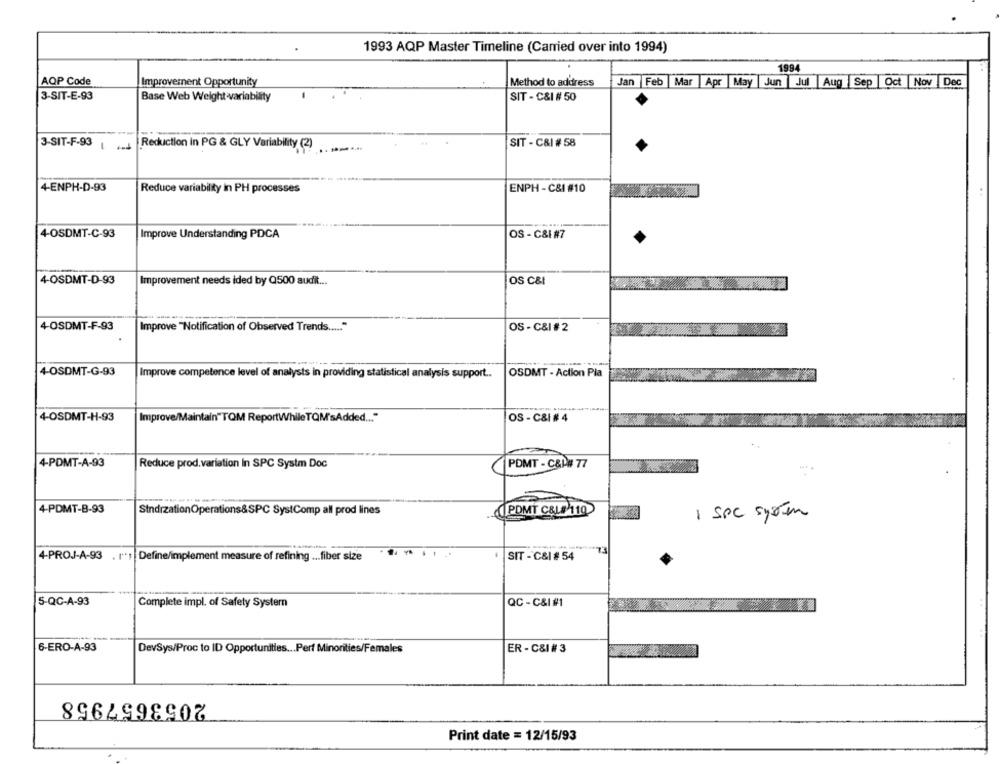
1993 AQP Master Timeline (Carried over into 1994)
1994
AQP Code
Improvement Opportunity
Method to address
Jan Feb Mar Apr May Jun Jul Aug Sep Oct Nov Dec
3-SIT-E-93
Base Web Weight variability
SIT - C&I # 50
3-SIT-F-93 4
Reduction in PG & GLY Variability (2)
SIT - C&I # 58
4-ENPH-D-93
Reduce variability in PH processes
ENPH - C&I #10
4-OSDMT-C-93
Improve Understanding PDCA
OS - C&I #7
4-OSDMT-D-93
Improvement needs ided by Q500 audit ...
OS C&
4-OSDMT-F-93
Improve "Notification of Observed Trends ..... "
OS - C&I # 2
4-OSDMT-G-93
Improve competence level of analysts in providing statistical analysis support ..
OSDMT - Action Pla
4-OSDMT-H-93
Improve/Maintain"TQM ReportWhile TQM'sAdded ... "
OS - CSI # 4
4-PDMT-A-93
Reduce prod.variation In SPC Systm Doc
PDMT - C&P# 77
4-PDMT-B-93
StndrzationOperations&SPC SystComp all prod lines
(IPDMT C&L# 110
1 SPC system
73
4-PROJ-A-93 . r.r Define/implement measure of refining ... fiber size
SIT - C&I # 54
5-QC-A-93
Complete impl. of Safety System
QC - C&I #1
6-ERO-A-93
DevSys/Proc to ID Opportunities ... Perf Minorities/Females
ER - C&I # 3
2053657958
Print date = 12/15/93